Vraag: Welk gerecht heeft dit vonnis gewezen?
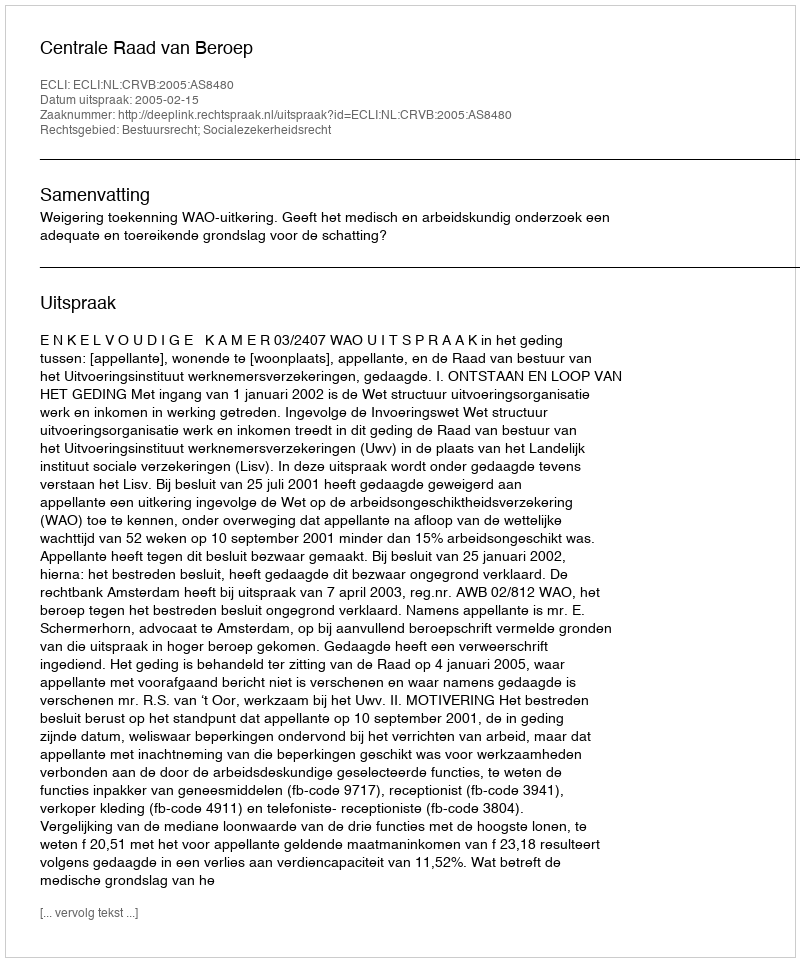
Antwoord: Centrale Raad van Beroep